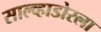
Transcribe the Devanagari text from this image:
साल्व्हाडोरला